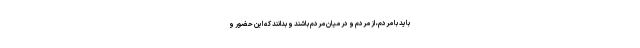
باید با مردم، از مردم و در میان مردم باشند و بدانند که این حضور و